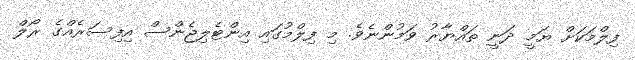
ފިލްމަކަށް ޔަމީ ދަނީ ތައްޔާރު ވަމުންނެވެ. މި ފިލްމުގައި އިންޓެލިޖެންސް އިފިސަރެއްގެ ރޯލް